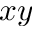
x y